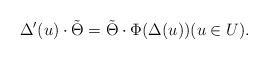
LaTeX: \begin{align*}\Delta'(u)\cdot \tilde{\Theta}=\tilde{\Theta}\cdot\Phi(\Delta(u))(u\in U).\end{align*}